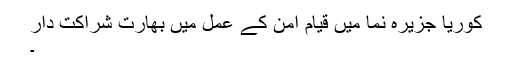
کوریا جزیرہ نما میں قیام امن کے عمل میں بھارت شراکت دار
۔